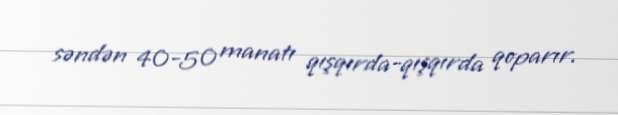
səndən 40-50 manatı qışqırda-qışqırda qoparır.